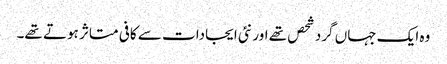
وہ ایک جہاں گرد شحص تھے اور نئی ایجادات سے کافی متاثر ہوتے تھے۔